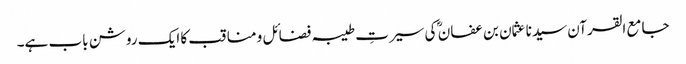
جامع القرآن سیدنا عثمان بن عفان ؓ کی سیرتِ طیبہ فضائل و مناقب کا ایک روشن باب ہے۔